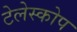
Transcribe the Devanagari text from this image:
टेलेस्कोप